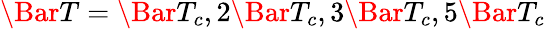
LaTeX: \Bar{T}=\Bar{T}_{c},2\Bar{T}_{c},3\Bar{T}_{c},5\Bar{T}_{c}